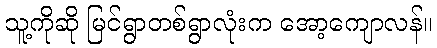
သူ့ကိုဆို မြင်ရွာတစ်ရွာလုံးက အော့ကျောလန်။